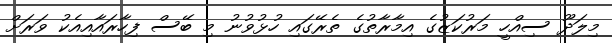
މިލަދޫ ސިއްހީ މަރުކަޒުގެ އިމާރާތުގެ ތެރޭގައި ހުޅުވުނު މި ބޭސް ފިހާރައާއިއެކު ވަރަށް